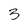
Character: 3